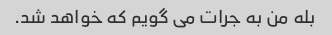
بله من به جرات می گویم که خواهد شد.